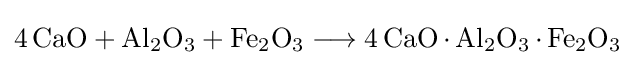
{4\,\mathrm {CaO} {}+{}\mathrm {Al} {\vphantom {A}}_{\smash[{t}]{2}}\mathrm {O} {\vphantom {A}}_{\smash[{t}]{3}}{}+{}\mathrm {Fe} {\vphantom {A}}_{\smash[{t}]{2}}\mathrm {O} {\vphantom {A}}_{\smash[{t}]{3}}{}\mathrel {\longrightarrow } {}4\,\mathrm {CaO} \,{\cdot }\,\mathrm {Al} {\vphantom {A}}_{\smash[{t}]{2}}\mathrm {O} {\vphantom {A}}_{\smash[{t}]{3}}\,{\cdot }\,\mathrm {Fe} {\vphantom {A}}_{\smash[{t}]{2}}\mathrm {O} {\vphantom {A}}_{\smash[{t}]{3}}}